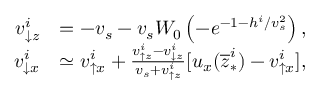
\begin{array} { r l } { v _ { \downarrow z } ^ { i } } & { = - v _ { s } - v _ { s } W _ { 0 } \left( - e ^ { - 1 - h ^ { i } / v _ { s } ^ { 2 } } \right) , } \\ { v _ { \downarrow x } ^ { i } } & { \simeq v _ { \uparrow x } ^ { i } + \frac { v _ { \uparrow z } ^ { i } - v _ { \downarrow z } ^ { i } } { v _ { s } + v _ { \uparrow z } ^ { i } } [ u _ { x } ( \overline { { z } } _ { \ast } ^ { i } ) - v _ { \uparrow x } ^ { i } ] , } \end{array}